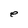
Character: e